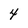
Character: 4